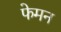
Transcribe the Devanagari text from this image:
फेमन